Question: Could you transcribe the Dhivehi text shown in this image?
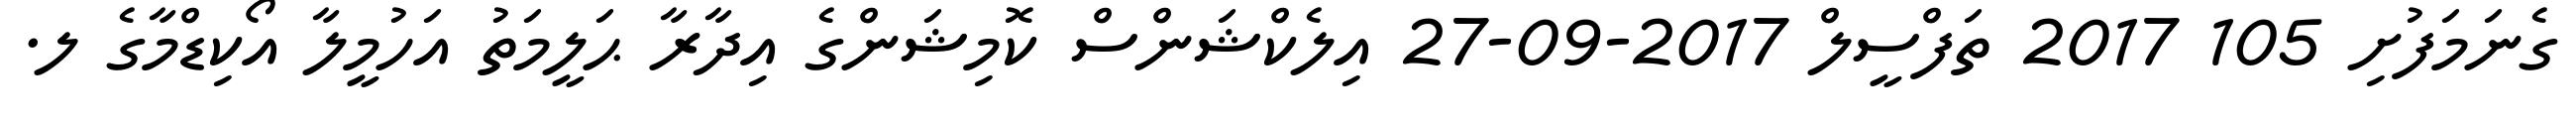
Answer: ގެނަމަފުށި 105 2017 ތަފްސީލް 2017-09-27 އިލެކްޝަންސް ކޮމިޝަންގެ އިދާރާ ޙަލީމަތު އަހުމީލާ އޯކިޑްމާގެ ލ.